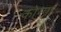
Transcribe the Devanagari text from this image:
कोग्गा